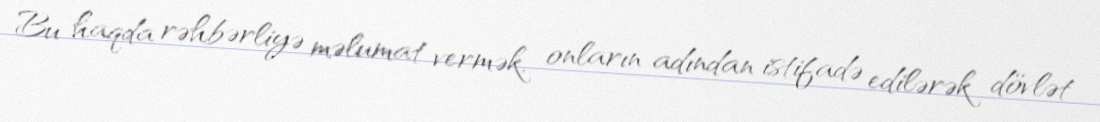
Bu haqda rəhbərliyə məlumat vermək, onların adından istifadə edilərək dövlət